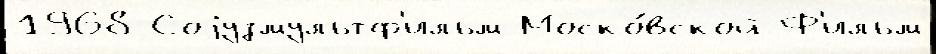
1968 Соjузмультф'ильм Моско́вской Ф'ильм